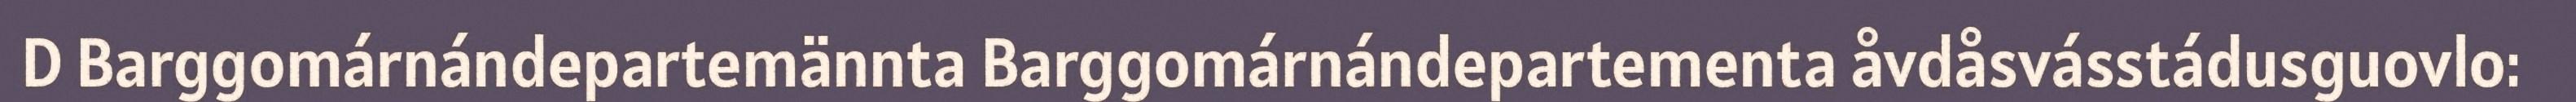
D Barggomárnándepartemännta Barggomárnándepartementa åvdåsvásstádusguovlo: